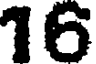
16